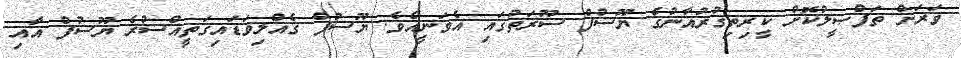
ވަރަށް ތަފްޞީލުކޮށް ކީރިތިޤުރުއާނުގެ ޔޫސުފް ސޫރަތުގައި އެވަނީއެވެ. ޔޫސުފް ގެއްލިވަޑައިގަތީއްސުރެ ޔޫސުފް އާއި